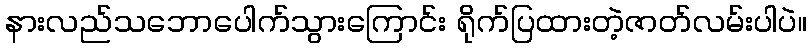
နားလည်သဘောပေါက်သွားကြောင်း ရိုက်ပြထားတဲ့ဇာတ်လမ်းပါပဲ။